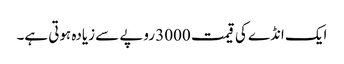
ایک انڈے کی قیمت 3000 روپے سے زیادہ ہوتی ہے۔